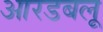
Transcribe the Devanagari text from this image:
आरडबलू